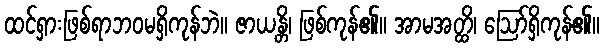
ထင်ရှားဖြစ်ရာဘဝမရှိကုန်ဘဲ။ ဇာယန္တိ၊ ဖြစ်ကုန်၏။ အာမအတ္ထိ၊ ဩော်ရှိကုန်၏။